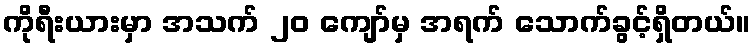
ကိုရီးယားမှာ အသက် ၂၀ ကျော်မှ အရက် သောက်ခွင့်ရှိတယ်။